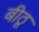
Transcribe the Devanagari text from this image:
बीठू